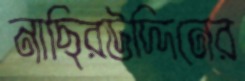
নাছিরউদ্দিনের